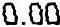
0.00